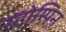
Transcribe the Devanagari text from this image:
स्टोम्पिन